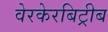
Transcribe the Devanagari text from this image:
वेरकेरबिट्रीब